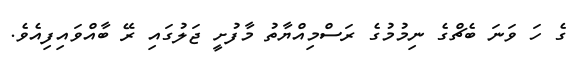
ގެ ހަ ވަނަ ބެޗްގެ ނިމުމުގެ ރަސްމިއްޔާތު މާފުށީ ޖަލުގައި ރޭ ބާއްވައިފިއެވެ.